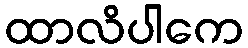
ထာလိပါကေ